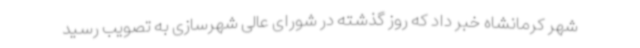
شهر کرمانشاه خبر داد که روز گذشته در شورای عالی شهرسازی به تصویب رسید